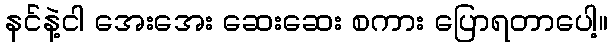
နင်နဲ့ငါ အေးအေး ဆေးဆေး စကား ပြောရတာပေါ့။